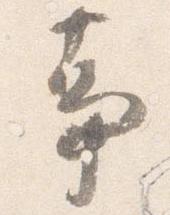
事